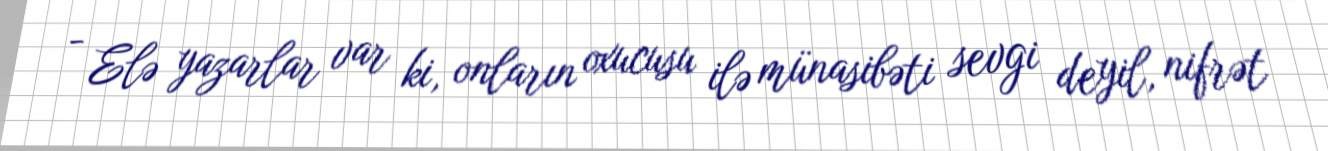
- Elə yazarlar var ki, onların oxucusu ilə münasibəti sevgi deyil, nifrət